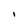
Character: I